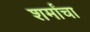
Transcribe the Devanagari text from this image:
शर्मांचा